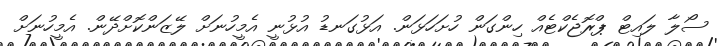
ސޯލާ ލައިޓް ޕްރޮޖެކްޓެއް ހިންގަން ހުށަހަޅަން. އަޅުގަނޑު އުޅުނީ އެމީހުނަށް ލޭޒަންކޮށްދޭން. އެމީހުނަށް